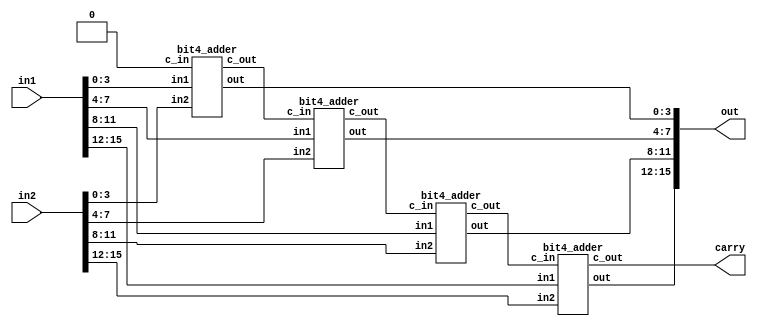
module bit16_adder
(

in1, in2, out, carry

);

input [15:0]in1,in2;

output [15:0] out;
output carry;

wire [2:0] c_out;


bit4_adder A0 (in1[3:0],in2[3:0],out[3:0], 1'b0, c_out[0]);
bit4_adder A1 (in1[7:4],in2[7:4],out[7:4], c_out[0], c_out[1]);
bit4_adder A2 (in1[11:8],in2[11:8],out[11:8],c_out[1], c_out[2]);
bit4_adder A3 (in1[15:12],in2[15:12],out[15:12],c_out[2], carry);



endmodule



module bit4_adder 
 (
     in1, in2, out, c_in, c_out
 );

 input [3:0]in1, in2; input c_in;
 output [3:0] out;    output c_out;

 wire c1,c2,c3;
 
  
   f_adder h1 (in1[0], in2[0], out[0],c_in, c1);
   f_adder h2 (in1[1], in2[1], out[1],c1, c2);
   f_adder h3 (in1[2], in2[2], out[2],c2, c3);
   f_adder h4 (in1[3], in2[3], out[3],c3, c_out);

 endmodule

 

 module f_adder
 (
 
 in1, in2, y, c_in, c_out

 );

 input in1, in2, c_in;
 output y, c_out;

wire t1,t2,t3;

xor n1 (t1,in1, in2), n2(y,t1,c_in);
and a1 (t2, c_in, t1), a2 (t3,in1,in2);
or (c_out, t2,t3);

endmodule